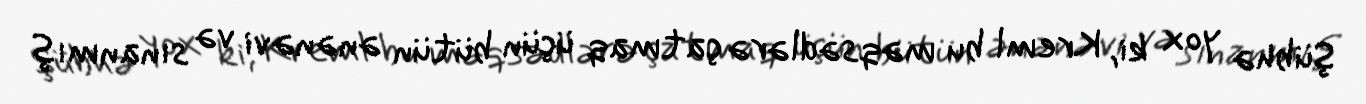
Şübhə yox ki, Kreml bu məqsədlərə çatmaq üçün bütün ənənəvi və sınanmış